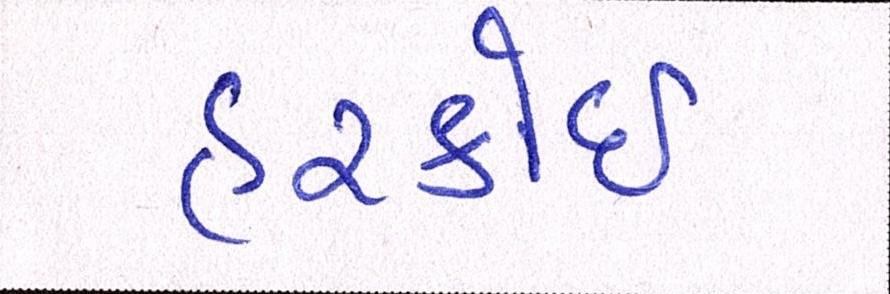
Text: હરકોઈ